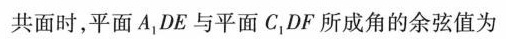
共面时，平面A_{1}DE与平面C_{1}DF所成角的余弦值为